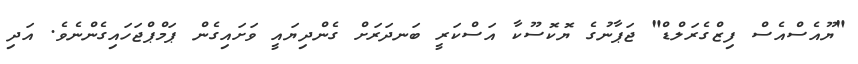
"ޔޫއެސްއެސް ފިޒްގެރަލްޑް" ޖަޕާނުގެ ޔޮކޮސޫކާ އަސްކަރީ ބަނދަރަށް ގެންދިޔައީ ވަށައިގެން ޕަމްޕްޖަހައިގެންނެވެ. އަދި